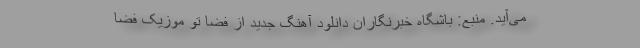
می‌آید. منبع: باشگاه خبرنگاران دانلود آهنگ جدید از فضا تو موزیک فضا